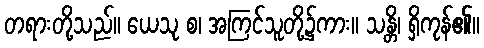
တရားတို့သည်။ ယေသု စ၊ အကြင်သူတို့၌ကား။ သန္တိ၊ ရှိကုန်၏။